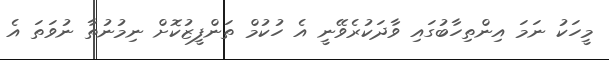
މީހަކު ނަމަ އިންތިހާބުގައި ވާދަކުރެވޭނީ އެ ހުކުމް ތަންފީޒުކޮށް ނިމުނުތާ ނުވަތަ އެ